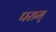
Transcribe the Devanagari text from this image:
पराम्